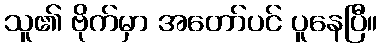
သူ၏ ဗိုက်မှာ အတော်ပင် ပူနေပြီ။